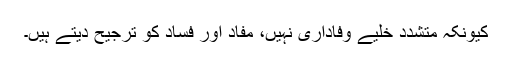
کیونکہ متشدد خلیے وفاداری نہیں، مفاد اور فساد کو ترجیح دیتے ہیں۔